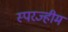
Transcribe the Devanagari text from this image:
स्परज्हीम